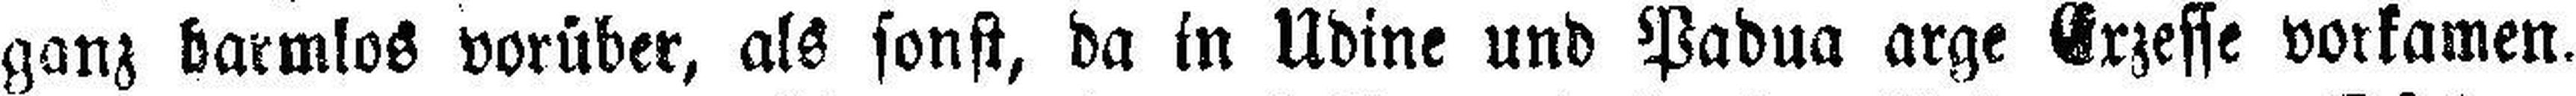
ganz harmlos vorüber, als sonst, da in Udine und Padua arge Exzesse vorkamen.